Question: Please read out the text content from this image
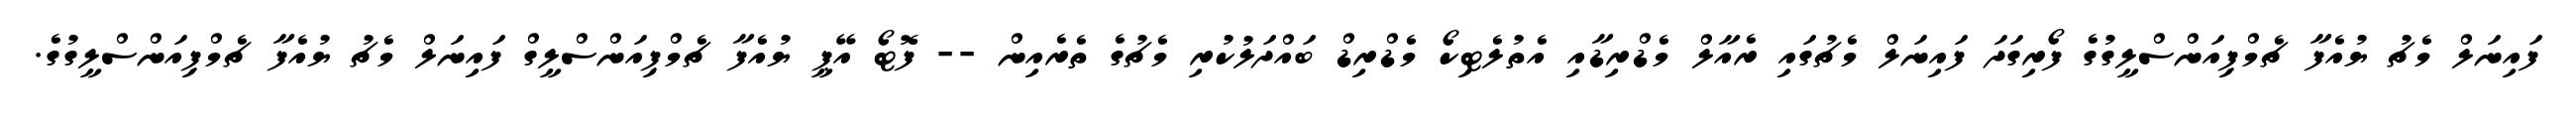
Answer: ފައިނަލް މެޗު ޔުއެފާ ޗެމްޕިއަންސްލީގުގެ ފޯރިގަދަ ފައިނަލް މެޗުގައި ރެއާލް މެޑްރިޑާއި އެތުލެޓިކޯ މެޑްރިޑް ބައްދަލުކުރި މެޗުގެ ތެރެއިން -- ފޮޓޯ އޭޕީ ޔުއެފާ ޗެމްޕިއަންސްލީގް ފައިނަލް މެޗު ޔުއެފާ ޗެމްޕިއަންސްލީގުގެ.